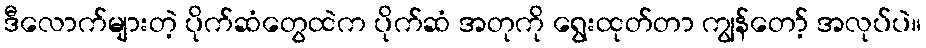
ဒီလောက်များတဲ့ ပိုက်ဆံတွေထဲက ပိုက်ဆံ အတုကို ရွေးထုတ်တာ ကျွန်တော့် အလုပ်ပဲ။